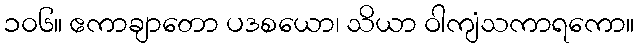
၁၀၆။ ဧကာချာတော ပဒစယော၊ သိယာ ဝါကျံသကာရကော။